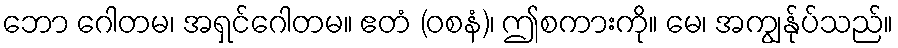
ဘော ဂေါတမ၊ အရှင်ဂေါတမ။ ဧတံ (ဝစနံ)၊ ဤစကားကို။ မေ၊ အကျွန်ုပ်သည်။